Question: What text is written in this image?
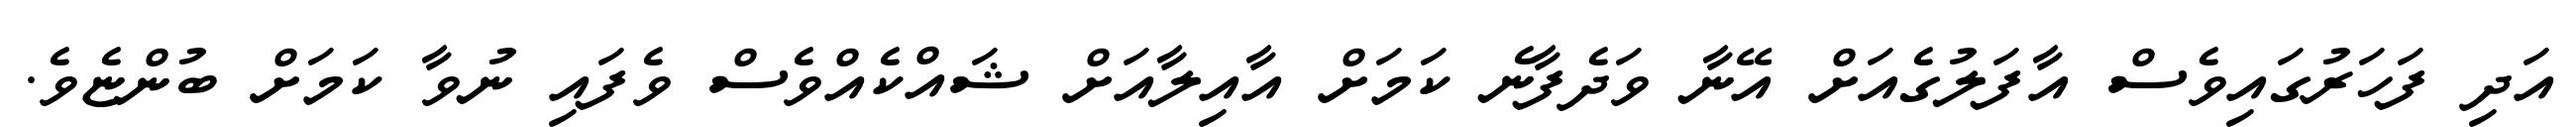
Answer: އަދި ފަހަރުގައިވެސް އާފަލުގެއަށް އޭނާ ވަދެފާނެ ކަމަށް އާއިލާއަށް ޝައްކެއްވެސް ވެފައި ނުވާ ކަމަށް ބުންޏެވެ.